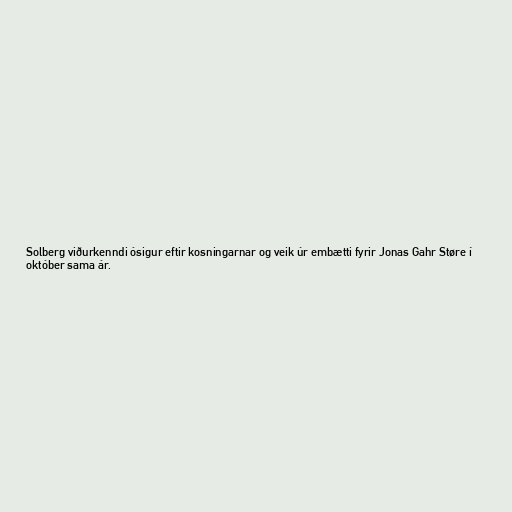
Solberg viðurkenndi ósigur eftir kosningarnar og veik úr embætti fyrir Jonas Gahr Støre í
október sama ár.